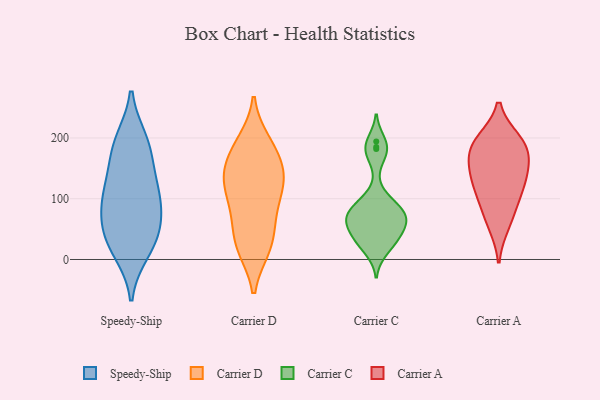
{"axis": {"x": "Gross Profit (USD K)", "y": "Value"}, "legend": ["Carrier A", "Carrier C", "Carrier D", "Speedy-Ship"], "data": [{"x": "", "y": 61, "type": "Speedy-Ship"}, {"x": "", "y": 104, "type": "Speedy-Ship"}, {"x": "", "y": 14, "type": "Speedy-Ship"}, {"x": "", "y": 28, "type": "Speedy-Ship"}, {"x": "", "y": 134, "type": "Speedy-Ship"}, {"x": "", "y": 33, "type": "Speedy-Ship"}, {"x": "", "y": 191, "type": "Speedy-Ship"}, {"x": "", "y": 98, "type": "Speedy-Ship"}, {"x": "", "y": 195, "type": "Speedy-Ship"}, {"x": "", "y": 108, "type": "Speedy-Ship"}, {"x": "", "y": 63, "type": "Speedy-Ship"}, {"x": "", "y": 173, "type": "Speedy-Ship"}, {"x": "", "y": 193, "type": "Carrier D"}, {"x": "", "y": 129, "type": "Carrier D"}, {"x": "", "y": 179, "type": "Carrier D"}, {"x": "", "y": 138, "type": "Carrier D"}, {"x": "", "y": 85, "type": "Carrier D"}, {"x": "", "y": 19, "type": "Carrier D"}, {"x": "", "y": 54, "type": "Carrier D"}, {"x": "", "y": 142, "type": "Carrier D"}, {"x": "", "y": 23, "type": "Carrier D"}, {"x": "", "y": 153, "type": "Carrier D"}, {"x": "", "y": 73, "type": "Carrier D"}, {"x": "", "y": 187, "type": "Carrier D"}, {"x": "", "y": 117, "type": "Carrier D"}, {"x": "", "y": 116, "type": "Carrier D"}, {"x": "", "y": 19, "type": "Carrier D"}, {"x": "", "y": 82, "type": "Carrier C"}, {"x": "", "y": 53, "type": "Carrier C"}, {"x": "", "y": 34, "type": "Carrier C"}, {"x": "", "y": 54, "type": "Carrier C"}, {"x": "", "y": 73, "type": "Carrier C"}, {"x": "", "y": 80, "type": "Carrier C"}, {"x": "", "y": 38, "type": "Carrier C"}, {"x": "", "y": 63, "type": "Carrier C"}, {"x": "", "y": 194, "type": "Carrier C"}, {"x": "", "y": 30, "type": "Carrier C"}, {"x": "", "y": 170, "type": "Carrier C"}, {"x": "", "y": 73, "type": "Carrier C"}, {"x": "", "y": 66, "type": "Carrier C"}, {"x": "", "y": 68, "type": "Carrier C"}, {"x": "", "y": 24, "type": "Carrier C"}, {"x": "", "y": 185, "type": "Carrier C"}, {"x": "", "y": 182, "type": "Carrier C"}, {"x": "", "y": 92, "type": "Carrier C"}, {"x": "", "y": 103, "type": "Carrier C"}, {"x": "", "y": 15, "type": "Carrier C"}, {"x": "", "y": 121, "type": "Carrier A"}, {"x": "", "y": 182, "type": "Carrier A"}, {"x": "", "y": 147, "type": "Carrier A"}, {"x": "", "y": 142, "type": "Carrier A"}, {"x": "", "y": 114, "type": "Carrier A"}, {"x": "", "y": 193, "type": "Carrier A"}, {"x": "", "y": 195, "type": "Carrier A"}, {"x": "", "y": 82, "type": "Carrier A"}, {"x": "", "y": 176, "type": "Carrier A"}, {"x": "", "y": 58, "type": "Carrier A"}]}